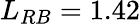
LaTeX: L_{RB}=1.42